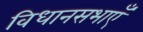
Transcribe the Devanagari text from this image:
विधानसभाएँ